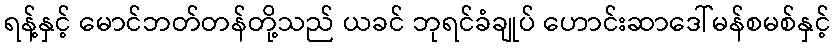
ရန့်နှင့် မောင်ဘတ်တန်တို့သည် ယခင် ဘုရင်ခံချုပ် ဟောင်းဆာဒေါ်မန်စမစ်နှင့်